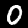
Digit: 0